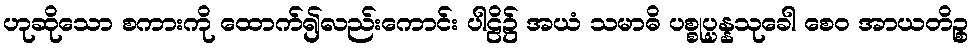
ဟုဆိုသော စကားကို ထောက်၍လည်းကောင်း ပါဠိ၌ အယံ သမာဓိ ပစ္စုပ္ပန္နသုခေါ စေဝ အာယတိဉ္စ